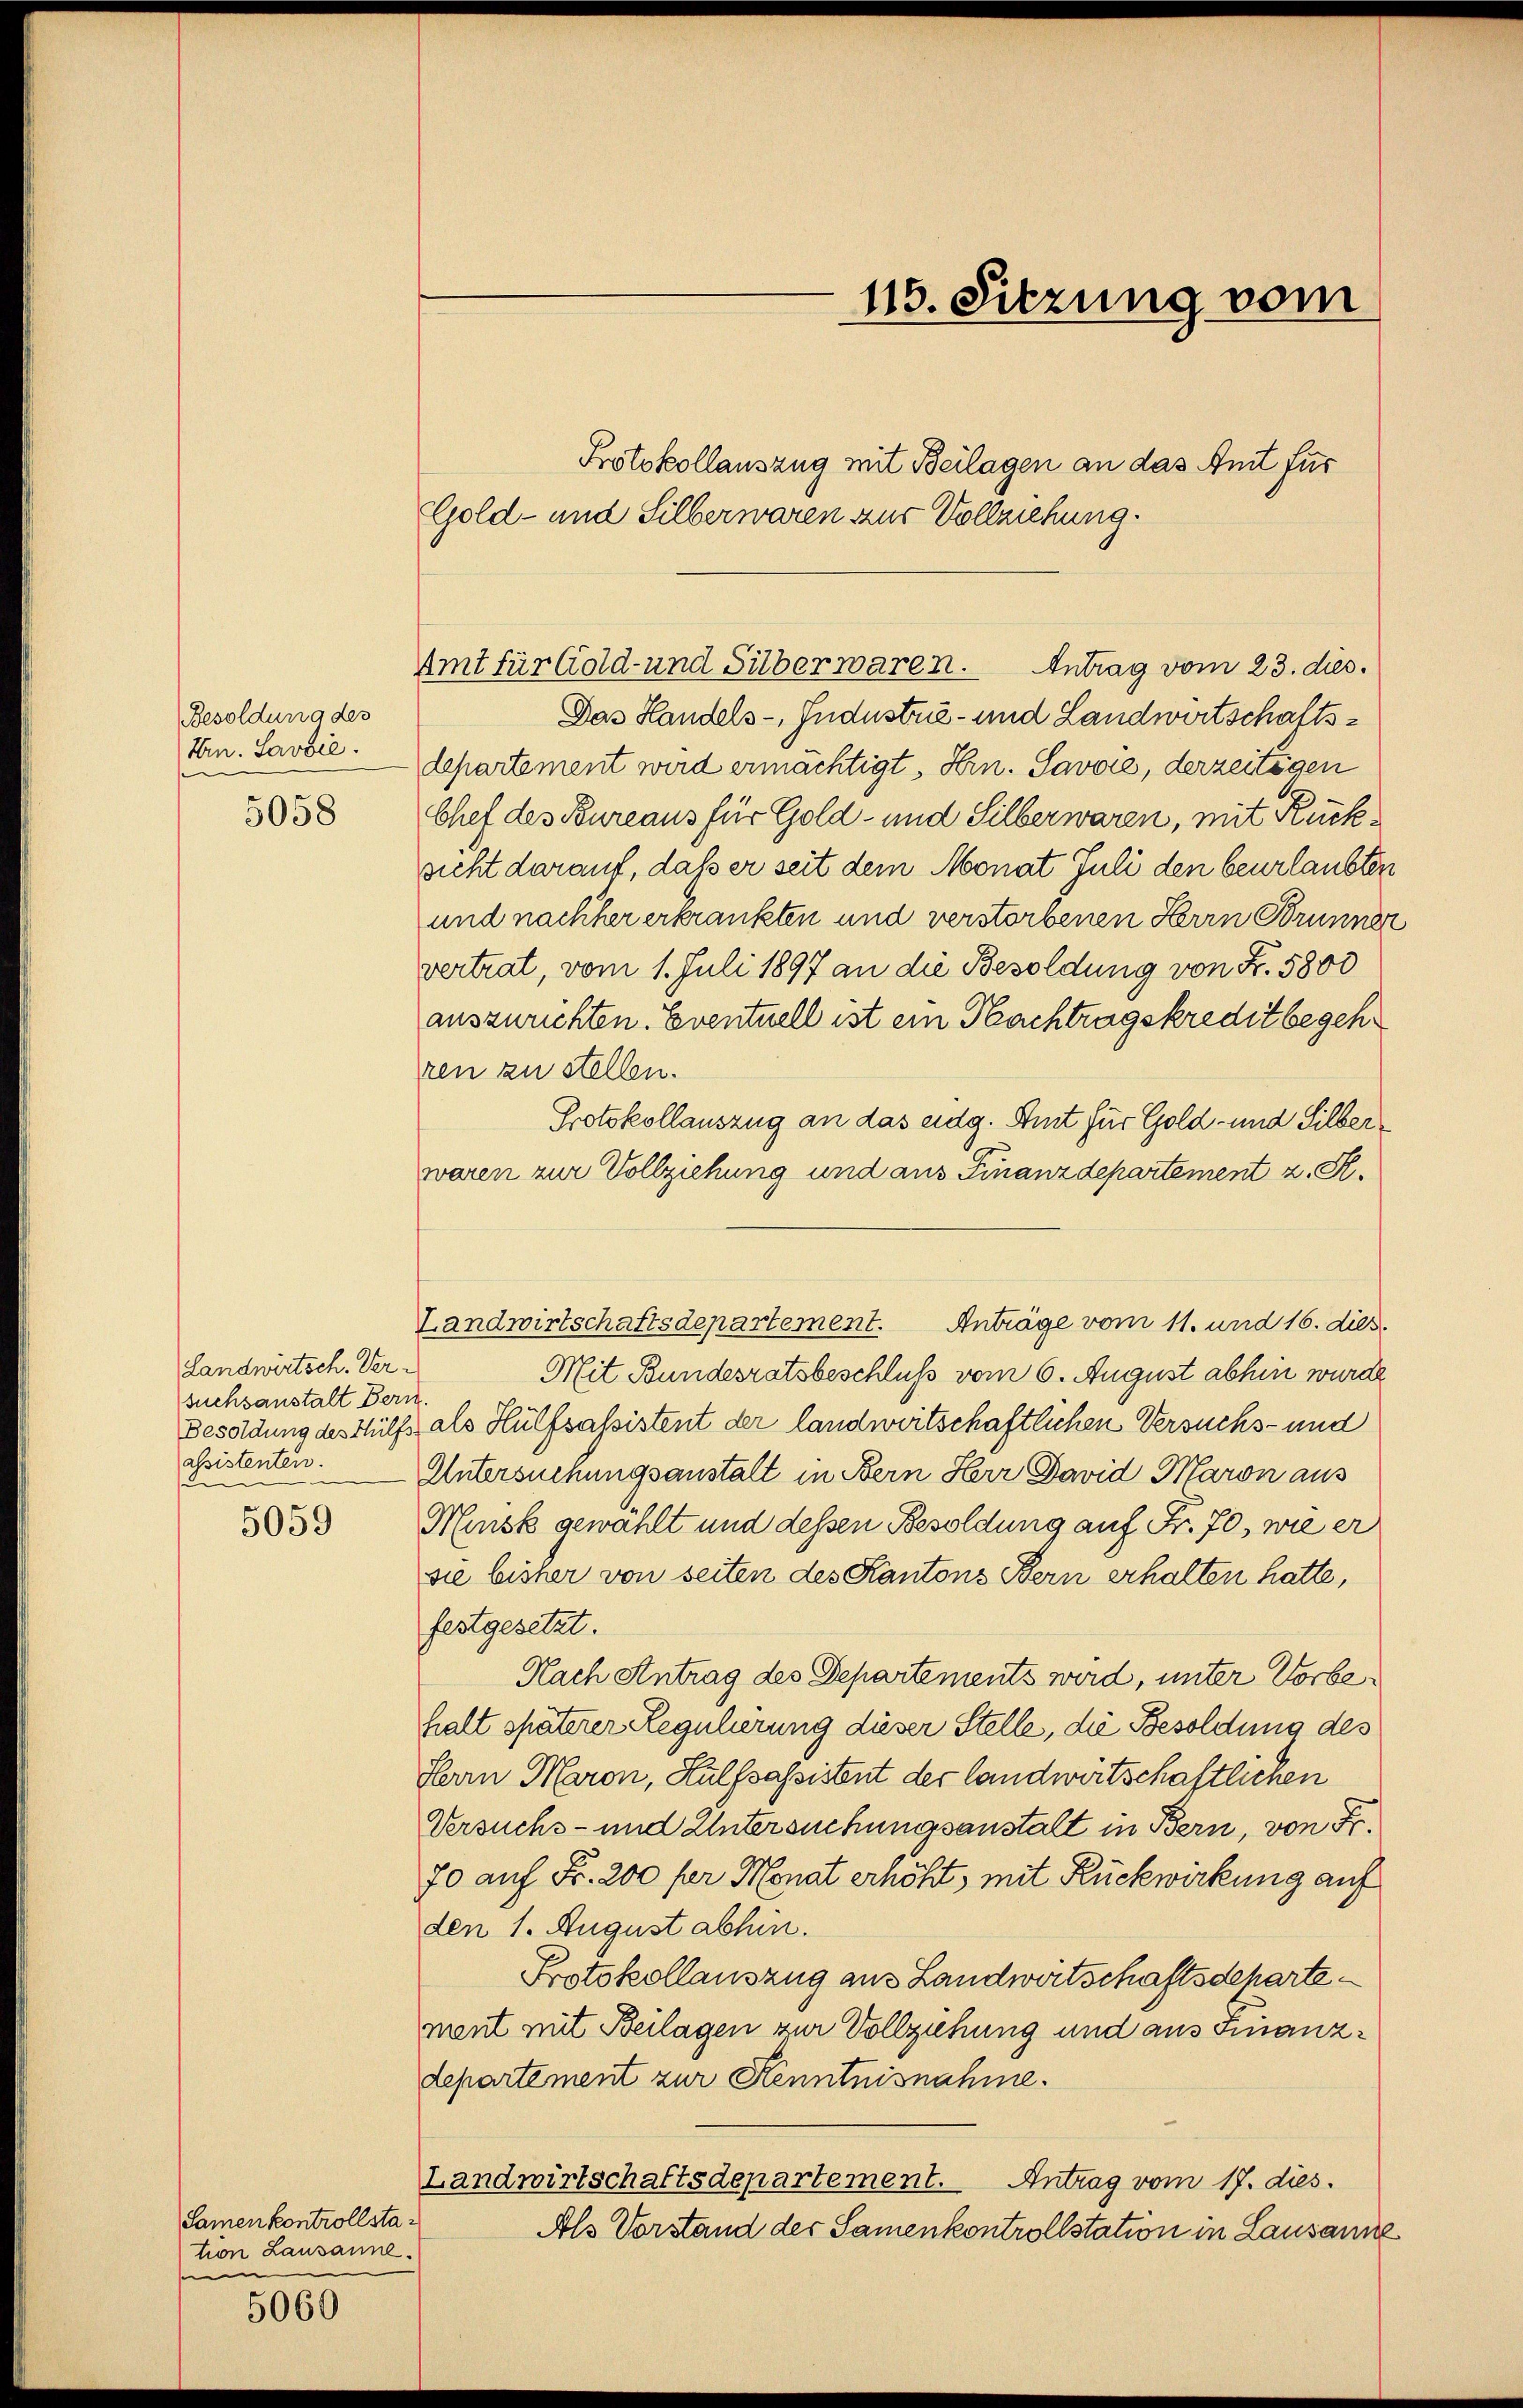
Besoldung des
Hrn. Savvić.
5058

Landwirtsch. Ver
suchsanstalt Bern
Besoldung des Hülfs
alsistenten.
d

5059

Samen kontrollstation Lausanne.
n

5060

115. Sitzung vom

Gold- und Silberwaren aus Vollziehung.
Das Handels-, Jndustrie- und Landwirtschaftsdepartement wird ermächtigt, Hrn. Savore, derzeitigen
Chef des Bureaus für Gold- und Silber waren, mit Rücksicht darauf, daß er seit dem Monat Juli den beurlaubten
und nachher erkrankten und verstorbenen Herrn Brunner
vertrat, vom 1. Juli 1897 an die Besoldung von Z. 5800
auszurichten. Eventuell ist ein Nachtragskredit begehren zu stellen.
Protokollauszug an das eidg. Amt für Gold- und Silberwaren zur Vollziehung und aus Finanzdepartement z. R.
Mit Bundesratsbeschluß vom 6. August abhin wurde
t.
als Hülfsassistent der landwirtschaftlichen Versuchs- und
Untersuchungsanstalt in Bern Herr David Maron aus
Hunst gewählt und dessen Besoldung auf Fr. 70, wie er
sie bisher von seiten des Kantons Bern erhalten hatte,
festgesetzt.
Nach Antrag des Departements wird, unter Vorbehalt späterer Regulierung dieser Stelle, die Besoldung des
Herrn Maron, Hülfsassistent der landwirtschaftlichen
Versuchs- und Untersuchungsanstalt in Bern, von Fr
70 auf Fr. 200 fr Monat erhöht, mit Rückwirkung auf
den 1. August abhin.
Protokollauszug aus Landwirtschaftsdeharte
ment mit Beilagen zur Vollziehung und aus Finanzdepartement zur Kenntnisnahme.
Landwirtschaftsdepartement. Antrag vom 17. dies.
Als Vorstand der Samenkontrollstation in Lausanne

Protokollauszug mit Beilagen an das Amt für

Amt für Gold- und Silber waren. Antrag vom 23. dies

Landwirtschaftsdepartement. Anträge vom 11. und 16. dies